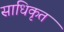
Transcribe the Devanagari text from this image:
साधिकृत